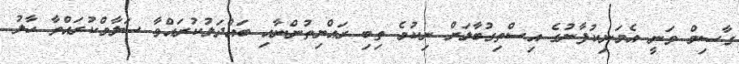
ގާސިމް ވަނީ އެމަނިކުފާނުގެ އިސްތިގުބާލަށް ނިކުމެ ތިބި ރައްޔިތުންނާއި ބައްދަލުކުރައްވާ ސަލާމްކުރައްވާ ހާލު